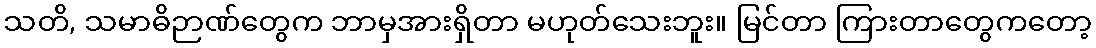
သတိ, သမာဓိဉာဏ်တွေက ဘာမှအားရှိတာ မဟုတ်သေးဘူး။ မြင်တာ ကြားတာတွေကတော့